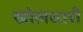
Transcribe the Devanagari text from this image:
खोलधारी